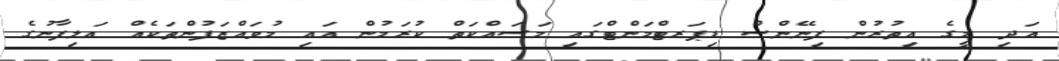
އަދި މީގެ އިތުރުން ފިނޭންސް ޑިޕަރޓްމަންޓްގައި މަސައްކަތް ކުރަމުން އައި މުވައްޒަފުންތަކެއް އަލިފާނުގެ